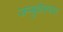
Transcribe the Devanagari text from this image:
जम्बुकेस्वरर